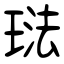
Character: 琺